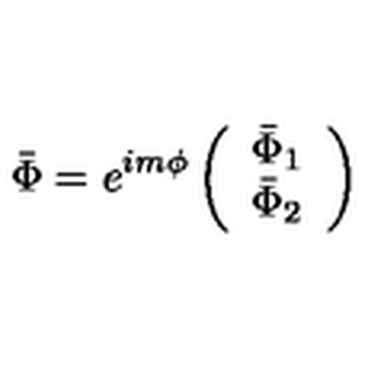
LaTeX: \bar { \Phi } = e ^ { i m \phi } \left( \begin{array} { c } { \bar { \Phi } _ { 1 } } \\ { \bar { \Phi } _ { 2 } } \\ \end{array} \right)